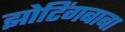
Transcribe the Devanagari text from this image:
झोटिंगबाबा